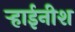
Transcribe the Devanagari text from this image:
र्‍हाईनीश